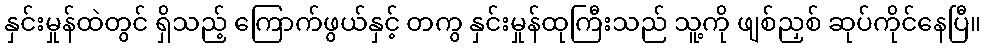
နှင်းမှုန်ထဲတွင် ရှိသည့် ကြောက်ဖွယ်နှင့် တကွ နှင်းမှုန်ထုကြီးသည် သူ့ကို ဖျစ်ညှစ် ဆုပ်ကိုင်နေပြီ။